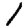
Digit: 1